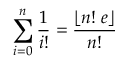
\sum _ { i = 0 } ^ { n } { \frac { 1 } { i ! } } = { \frac { \lfloor n ! \; e \rfloor } { n ! } }